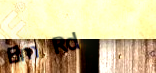
Elm Rd